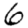
Digit: 6